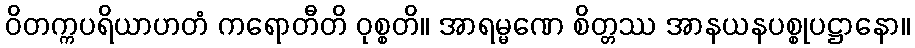
ဝိတက္ကပရိယာဟတံ ကရောတီတိ ဝုစ္စတိ။ အာရမ္မဏေ စိတ္တဿ အာနယနပစ္စုပဋ္ဌာနော။